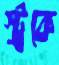
স্ট্রকে